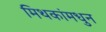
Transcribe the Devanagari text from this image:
मिथकांमधुन